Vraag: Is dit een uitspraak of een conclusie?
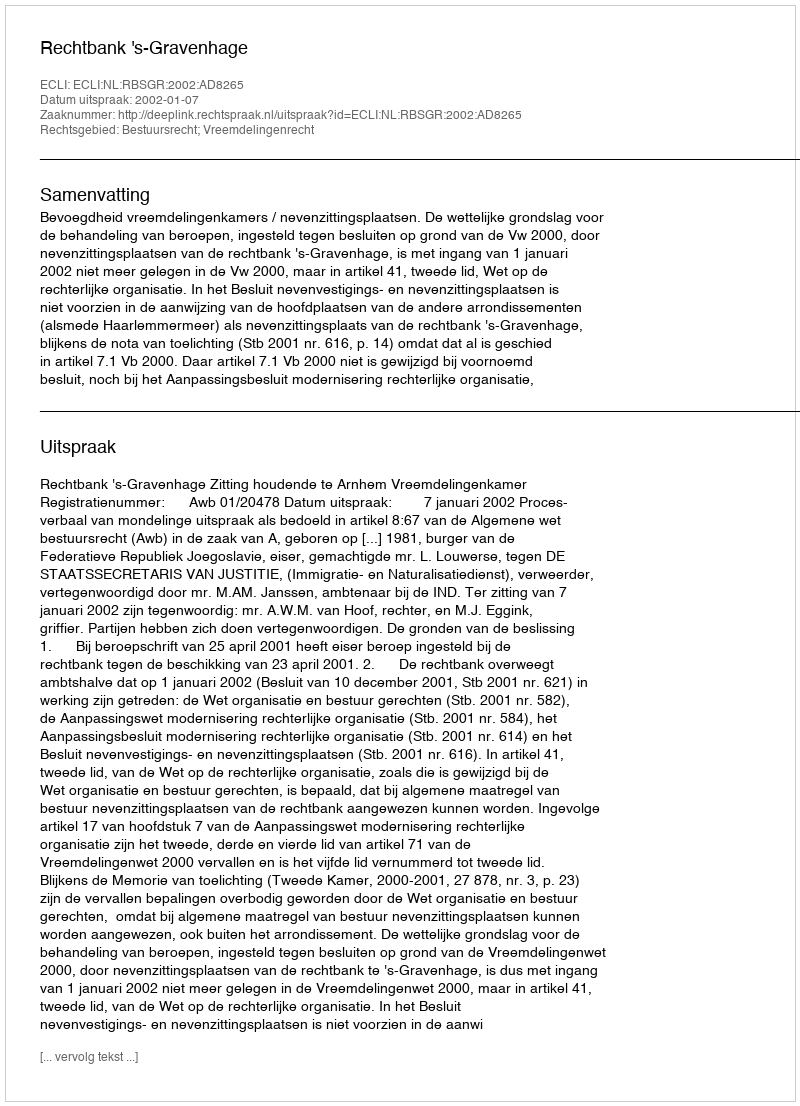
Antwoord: Uitspraak